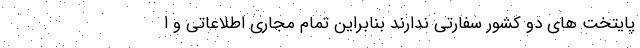
پایتخت های دو کشور سفارتی ندارند بنابراین تمام مجاری اطلاعاتی و ا